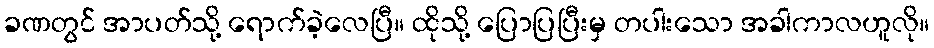
ခဏတွင် အာပတ်သို့ ရောက်ခဲ့လေပြီ။ ထိုသို့ ပြောပြပြီးမှ တပါးသော အခါကာလဟူလို။